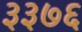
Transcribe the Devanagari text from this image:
३३७६